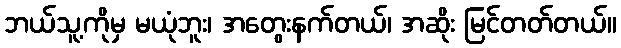
ဘယ်သူ့ကိုမှ မယုံဘူး၊ အတွေးနက်တယ်၊ အဆိုး မြင်တတ်တယ်။